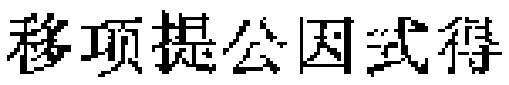
移项提公因式得